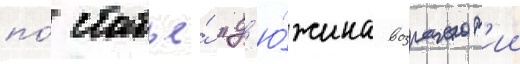
по́ статье́ "д'ю́жина возражен'ии